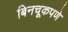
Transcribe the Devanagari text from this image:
बिनचूकपणे